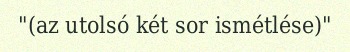
"(az utolsó két sor ismétlése)"